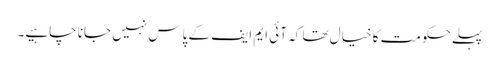
پہلے حکومت کا خیال تھا کہ آئی ایم ایف کے پاس نہیں جانا چاہیے۔